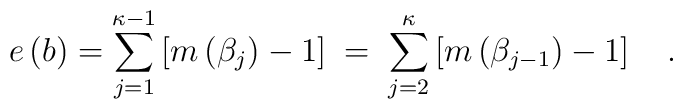
e\left( b\right) =\sum_{j=1}^{\kappa -1}\left[ m\left(\beta _j\right) -1\right] \;=\;\sum_{j=2}^\kappa \left[ m\left( \beta_{j-1}\right) -1\right] \quad .